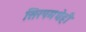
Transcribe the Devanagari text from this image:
सिरपमधेही